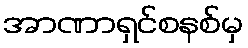
အာဏာရှင်စနစ်မှ